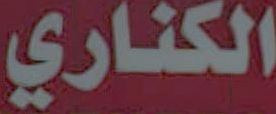
الكناري